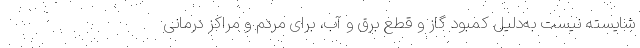
شایسته نیست به‌دلیل کمبود گاز و قطع برق و آب، برای مردم و مراکز درمانی